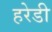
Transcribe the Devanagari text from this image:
हरेडी